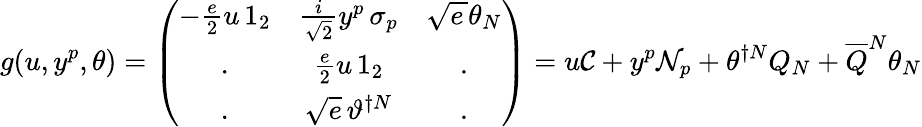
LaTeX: g(u,y^{p},\theta)=\left(\begin{array}{ccc}{{-\frac{e}{2}u\, 1_{2}}}&{{\frac{i}{\sqrt{2}}y^{p}\, \sigma_{p}}}&{{\sqrt{e\, }\theta_{N}}}\\ {{.}}&{{\frac{e}{2}u\, 1_{2}}}&{{.}}\\ {{.}}&{{\sqrt{e}\, \vartheta^{\dagger N}}}&{{.}}\end{array}\right)=u{\cal C}+y^{p}{\cal N}_{p}+\theta^{\dagger N}Q_{N}+\overline{{{Q}}}^{N}\theta_{N}